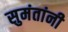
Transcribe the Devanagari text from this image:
सुमंतांनी